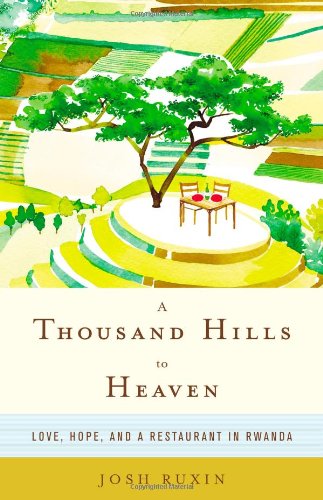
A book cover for A Thousand Hills to Heaven: Love, Hope, and a Restaurant in Rwanda; Josh Ruxin; Travel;